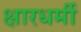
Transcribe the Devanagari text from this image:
क्षारधर्मी